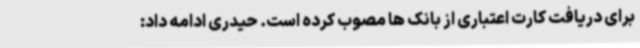
برای دریافت کارت اعتباری از بانک ها مصوب کرده است. حیدری ادامه داد: